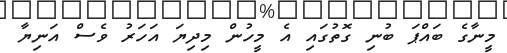
މީނާގެ ބައްޕަ ބުނި ގޮތުގައި އެ މީހުން މިދިޔަ އަހަރު ވެސް އަނިޔާ